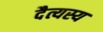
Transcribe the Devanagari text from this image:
दैत्यस्य